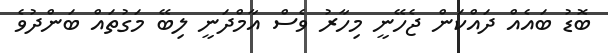
ބޮޑު ބައެއް ދައްކަން ޖެހޭނީ މިހާރު ވެސް އާމްދަނީ ލިބޭ މަގުތައް ބަންދުވެ